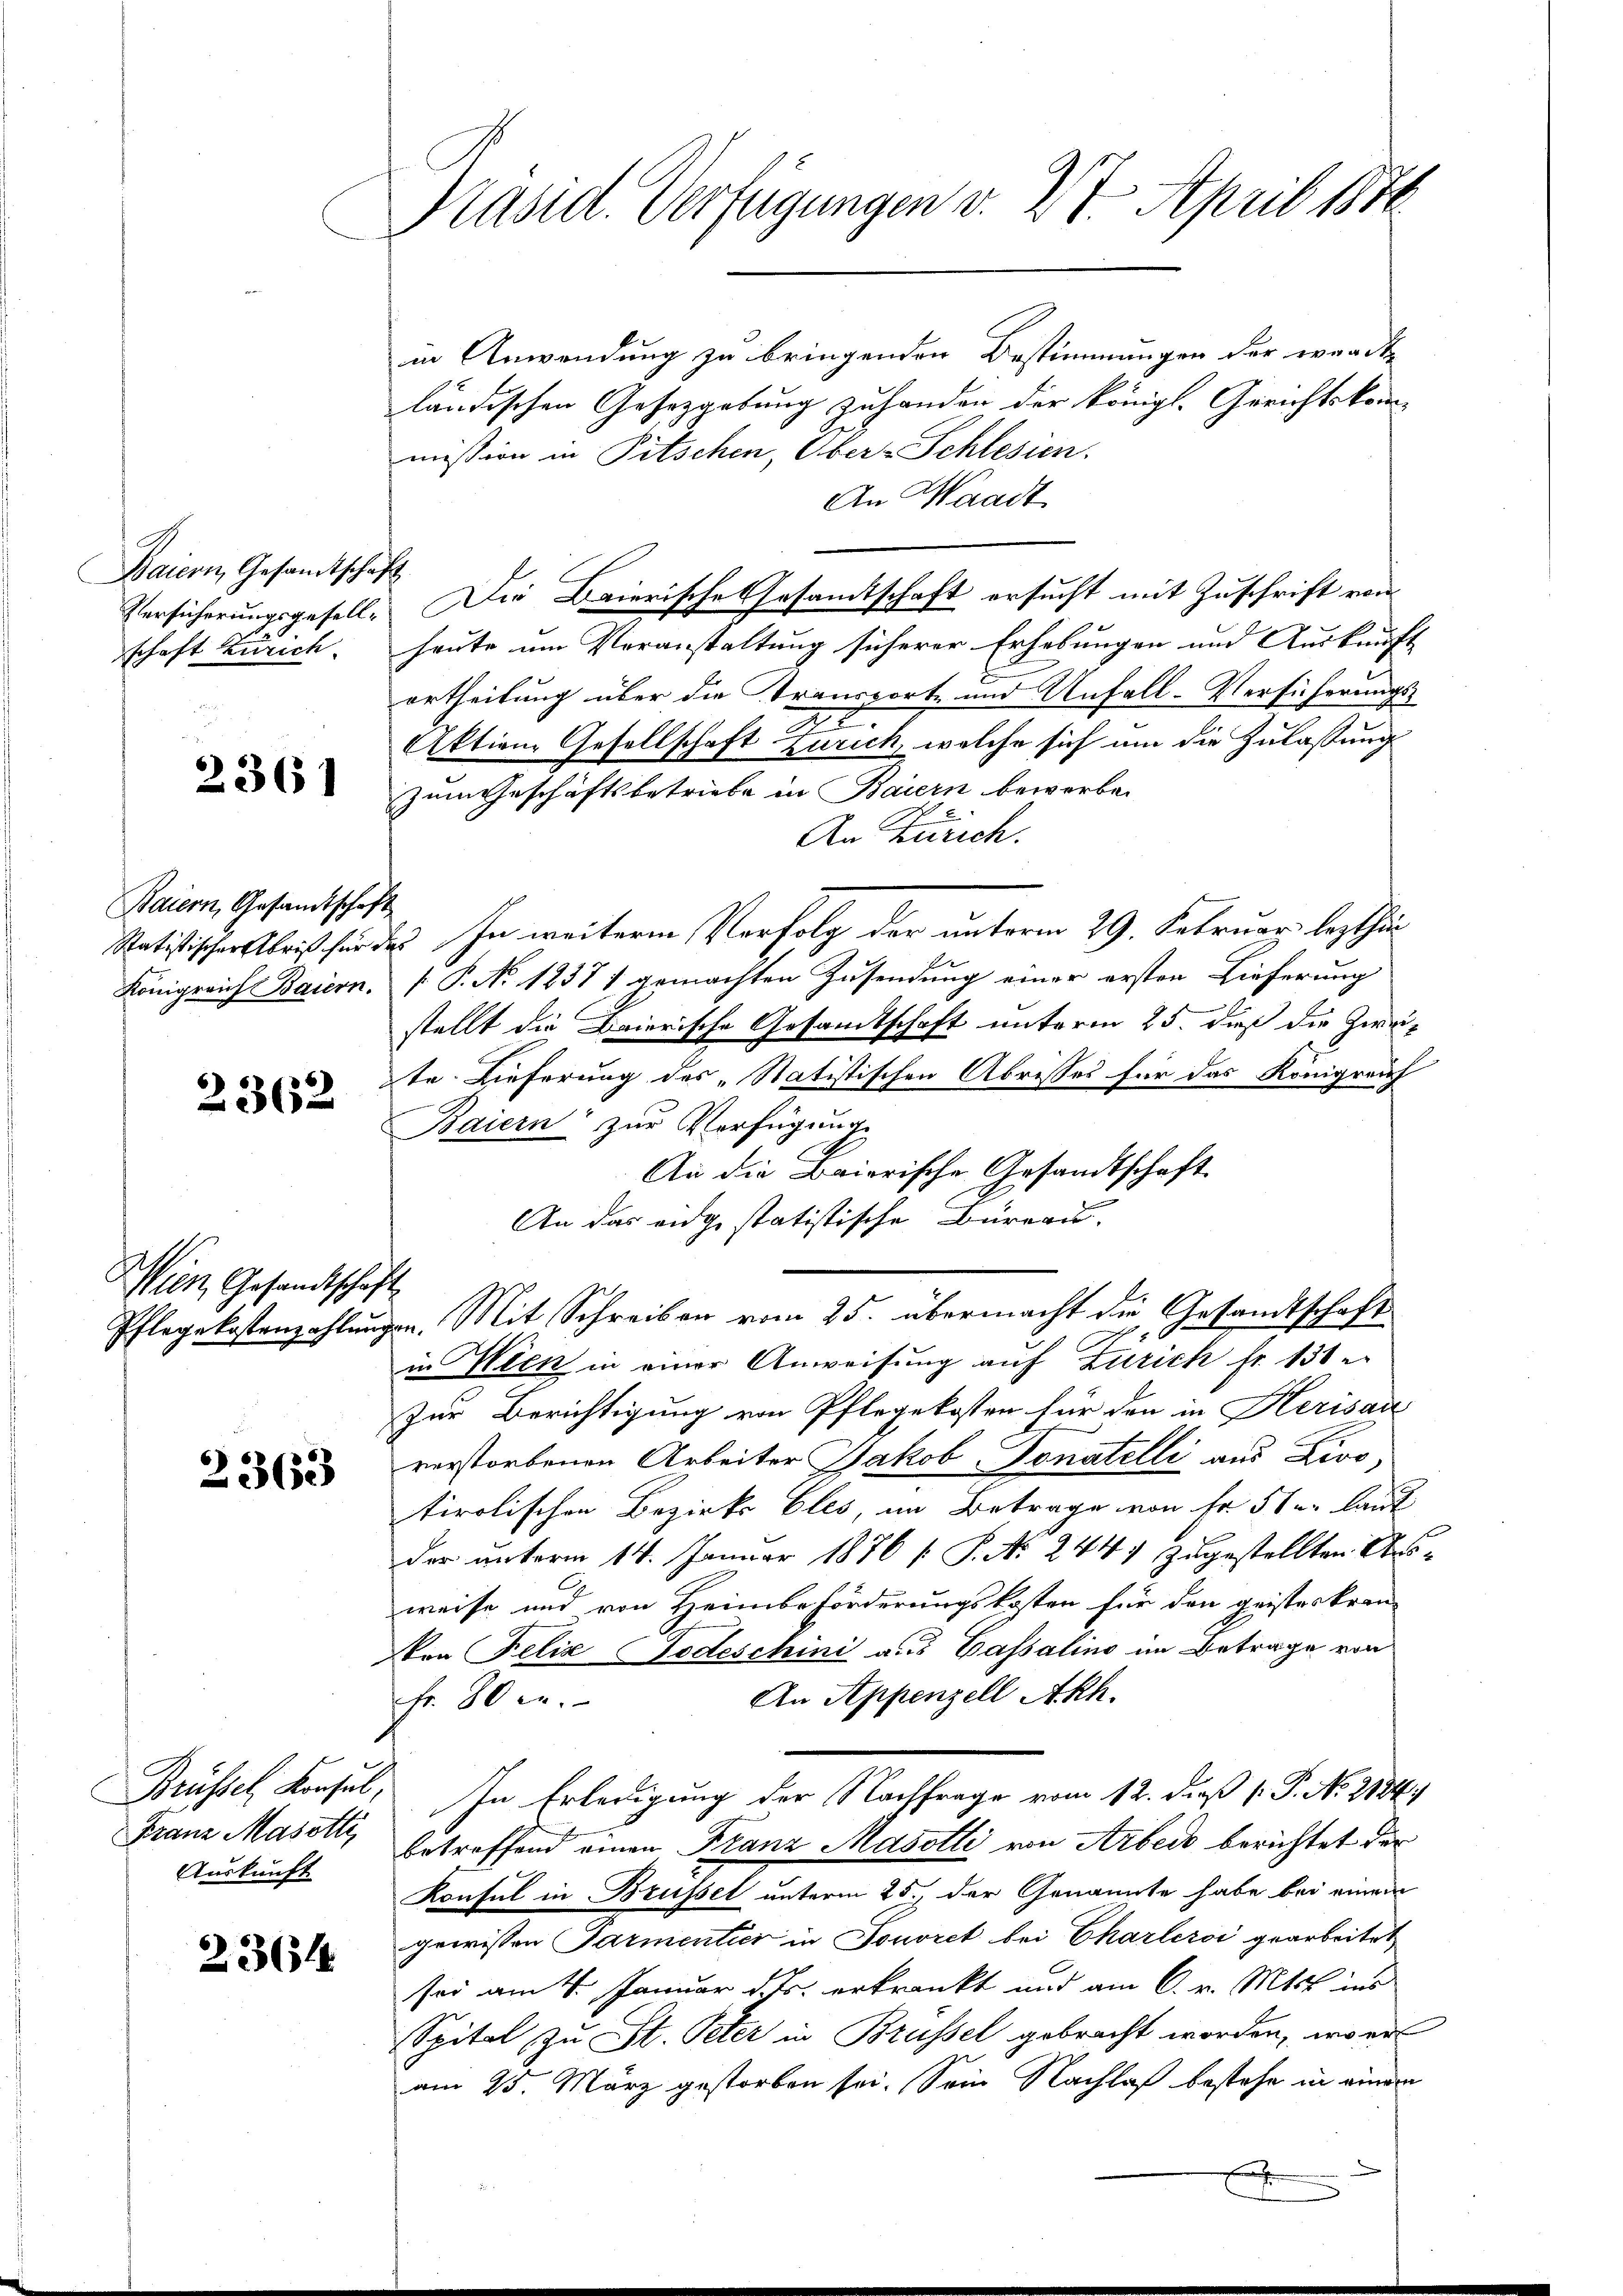
Baiern, Gesandtschaft
schaft Zürich.

2361

Baiern, Gesandtschaft

2362

Wien, Gesandtschaft

2363

Franz Masotti
Auskunft.

23614

Präsid. Verfügungen v. 27. April 1876

in Anwendung zu bringenden Bestimmungen der wandte
ländischen Gesetzgebung zu handen der königl. Gerichtskommission in Pitschen, Ober-Schlesien.
An Waadt
Versicherungsgesell. Die Baierische Gesamtschaft ersucht mit Zuschrift von
heute um Veranstaltung sicherer Erhebungen und Auskunft
ortheilung über die Transport- und Unfall-Versicherungs¬
2
Aktion, Gesellschaft Zürich, welche sich um die Zulassung
zum Geschäftsbetriebe in Baiern bewerben
An Zürich.
Ratistischer bis für des In weiteren Verfolg der unterm 29. Februar lezthä¬
Königreich Baiern. P. No 1237 1 gemachten Zusendung einer ersten Lieferung
stellt die Baierische Gesamtschaft unterm 25. dieß die Zweif
te Lieferung des „Statistischen Abrisses für das Königreif
Baiern zŭr Verfügung
An die Baierische Gesandtschaft.
An das eidgestatistische Büreau.
Pflegekostenzahlungen. Mit Schreiben vom 25. übermacht die Gesandtschaft
in Meck in einer Anweisung auf Zürich fr. 138
Zur Berichtigung von Pflegekosten für den in Herisau
verstorbenen Arbeiter Jakob Tonatelli aus Divo,
tirolischen Bezirks Eles, im Betrage von Fr. 50 laut
der unterm 14. Januar 1876 [ P. Nr. 244 zugestellten Ausweise und von Heimbeförderungskosten für den geisterkran-
Von Felix Todeschini aus Cassalino im Betrage von
An Appenzell Akh.
Nr. 80 en
Brüssel Konsul, In Erledigung der Nachfrage vom 12. daß P. No 21849
betreffend einen Franz Masotli von Arbeck berichtet der
Konsul in Brusset unterm 25., der Genannte habe bei einem
gewissen Parmentier in Fonoret bei Charleroi gearbeitet
sei am 4. Januar dts. erkrankt und am 6. v. Mts. ins
Spital zu St. Peter in Brüssel gebracht worden, wori
am 25. März gestorben sei. Sein Nachlaß bestehe in einem
n
x
u